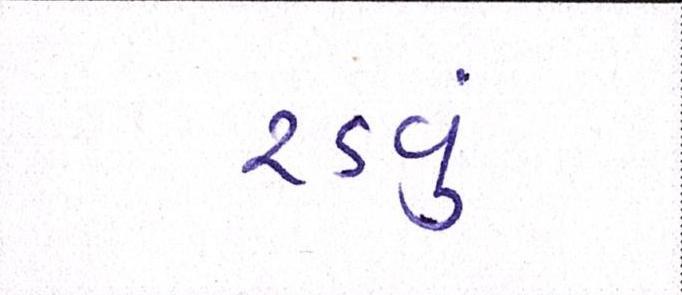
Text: રડવું